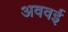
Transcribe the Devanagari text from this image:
अववई